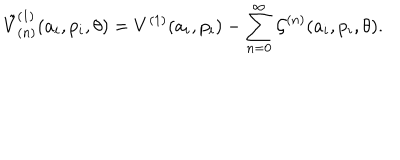
{ \tilde { V } } _ { ( n ) } ^ { ( 1 ) } ( a _ { i } , p _ { i } , \theta ) = V ^ { ( 1 ) } ( a _ { i } , p _ { i } ) - \sum _ { n = 0 } ^ { \infty } { \cal G } ^ { ( n ) } ( a _ { i } , p _ { i } , \theta ) .